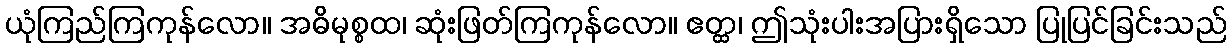
ယုံကြည်ကြကုန်လော။ အဓိမုစ္စထ၊ ဆုံးဖြတ်ကြကုန်လော။ ဧတ္ထ၊ ဤသုံးပါးအပြားရှိသော ပြုပြင်ခြင်းသည်